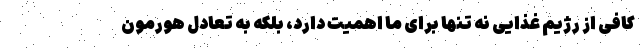
کافی از رژیم غذایی نه تنها برای ما اهمیت دارد، بلکه به تعادل هورمون